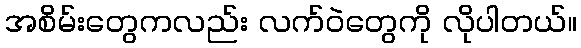
အစိမ်းတွေကလည်း လက်ဝဲတွေကို လိုပါတယ်။